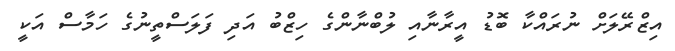
އިޒްރޭލަށް ނުރައްކާ ބޮޑު އީރާނާއި ލުބްނާންގެ ހިޒްބު އަދި ފަލަސްތީނުގެ ހަމާސް އަކީ